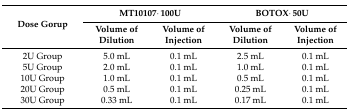
<table><thead><tr><td rowspan="2"><b>Dose Gorup</b></td><td colspan="2"><b>MT10107·100U</b></td><td colspan="2"><b>BOTOX·50U</b></td></tr><tr><td><b>Volume of Dilution</b></td><td><b>Volume of Injection</b></td><td><b>Volume of Dilution</b></td><td><b>Volume of Injection</b></td></tr></thead><tbody><tr><td>2U Group</td><td>5.0 mL</td><td>0.1 mL</td><td>2.5 mL</td><td>0.1 mL</td></tr><tr><td>5U Group</td><td>2.0 mL</td><td>0.1 mL</td><td>1.0 mL</td><td>0.1 mL</td></tr><tr><td>10U Group</td><td>1.0 mL</td><td>0.1 mL</td><td>0.5 mL</td><td>0.1 mL</td></tr><tr><td>20U Group</td><td>0.5 mL</td><td>0.1 mL</td><td>0.25 mL</td><td>0.1 mL</td></tr><tr><td>30U Group</td><td>0.33 mL</td><td>0.1 mL</td><td>0.17 mL</td><td>0.1 mL</td></tr></tbody></table>